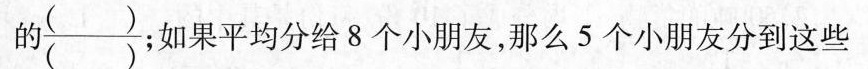
的\frac{（）}{（）} 如果平均分给8个小朋友，那么5个小朋友分到这些